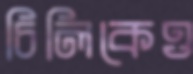
চিলিকেও